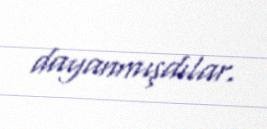
dayanmışdılar.